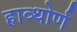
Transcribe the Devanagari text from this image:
हाव्थोर्ण